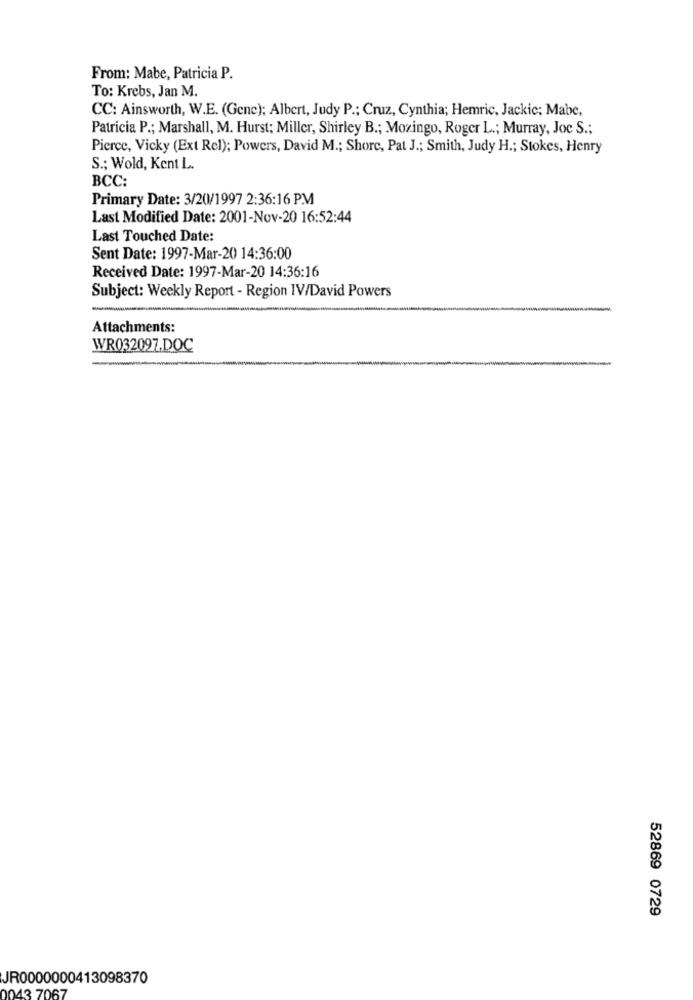
From: Mabe, Patricia P.
To: Krebs, Jan M.
CC: Ainsworth, W.E. (Gene); Albert, Judy P .; Cruz, Cynthia; Hemric, Jackic; Mabe,
Patricia P .; Marshall, M. Hurst; Miller, Shirley B .; Mozingo, Roger L .; Murray, Joc S .;
Pierce, Vicky (Ext Rel); Powers, David M .; Shore, Pat J .; Smith, Judy H .; Stokes, Henry
S .; Wold, Kent L.
BCC:
Primary Date: 3/20/1997 2:36:16 PM
Last Modified Date: 2001-Nov-20 16:52:44
Last Touched Date:
Sent Date: 1997-Mar-20 14:36:00
Received Date: 1997-Mar-20 14:36:16
Subject: Weekly Report - Region IV/David Powers
Attachments:
WR032097.DOC
52869 0729
JR0000000413098370
043 7067